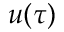
u ( \tau )